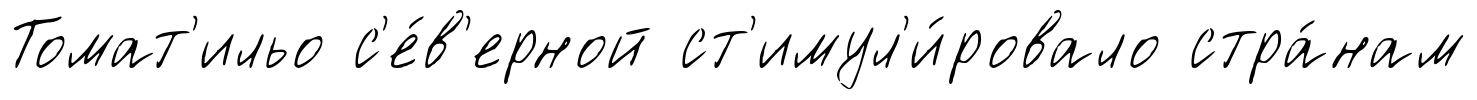
Томат'ильо с'е́в'ерной ст'имул'и́ровало стра́нам